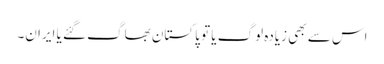
اس سے بھی زیادہ لوگ یا تو پاکستان بھاگ گئے یا ایران۔